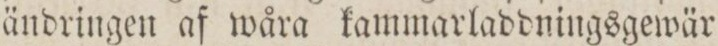
ändringen af wåra kammarladdningsgewär